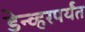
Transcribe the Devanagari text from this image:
डेन्व्हरपर्यंत